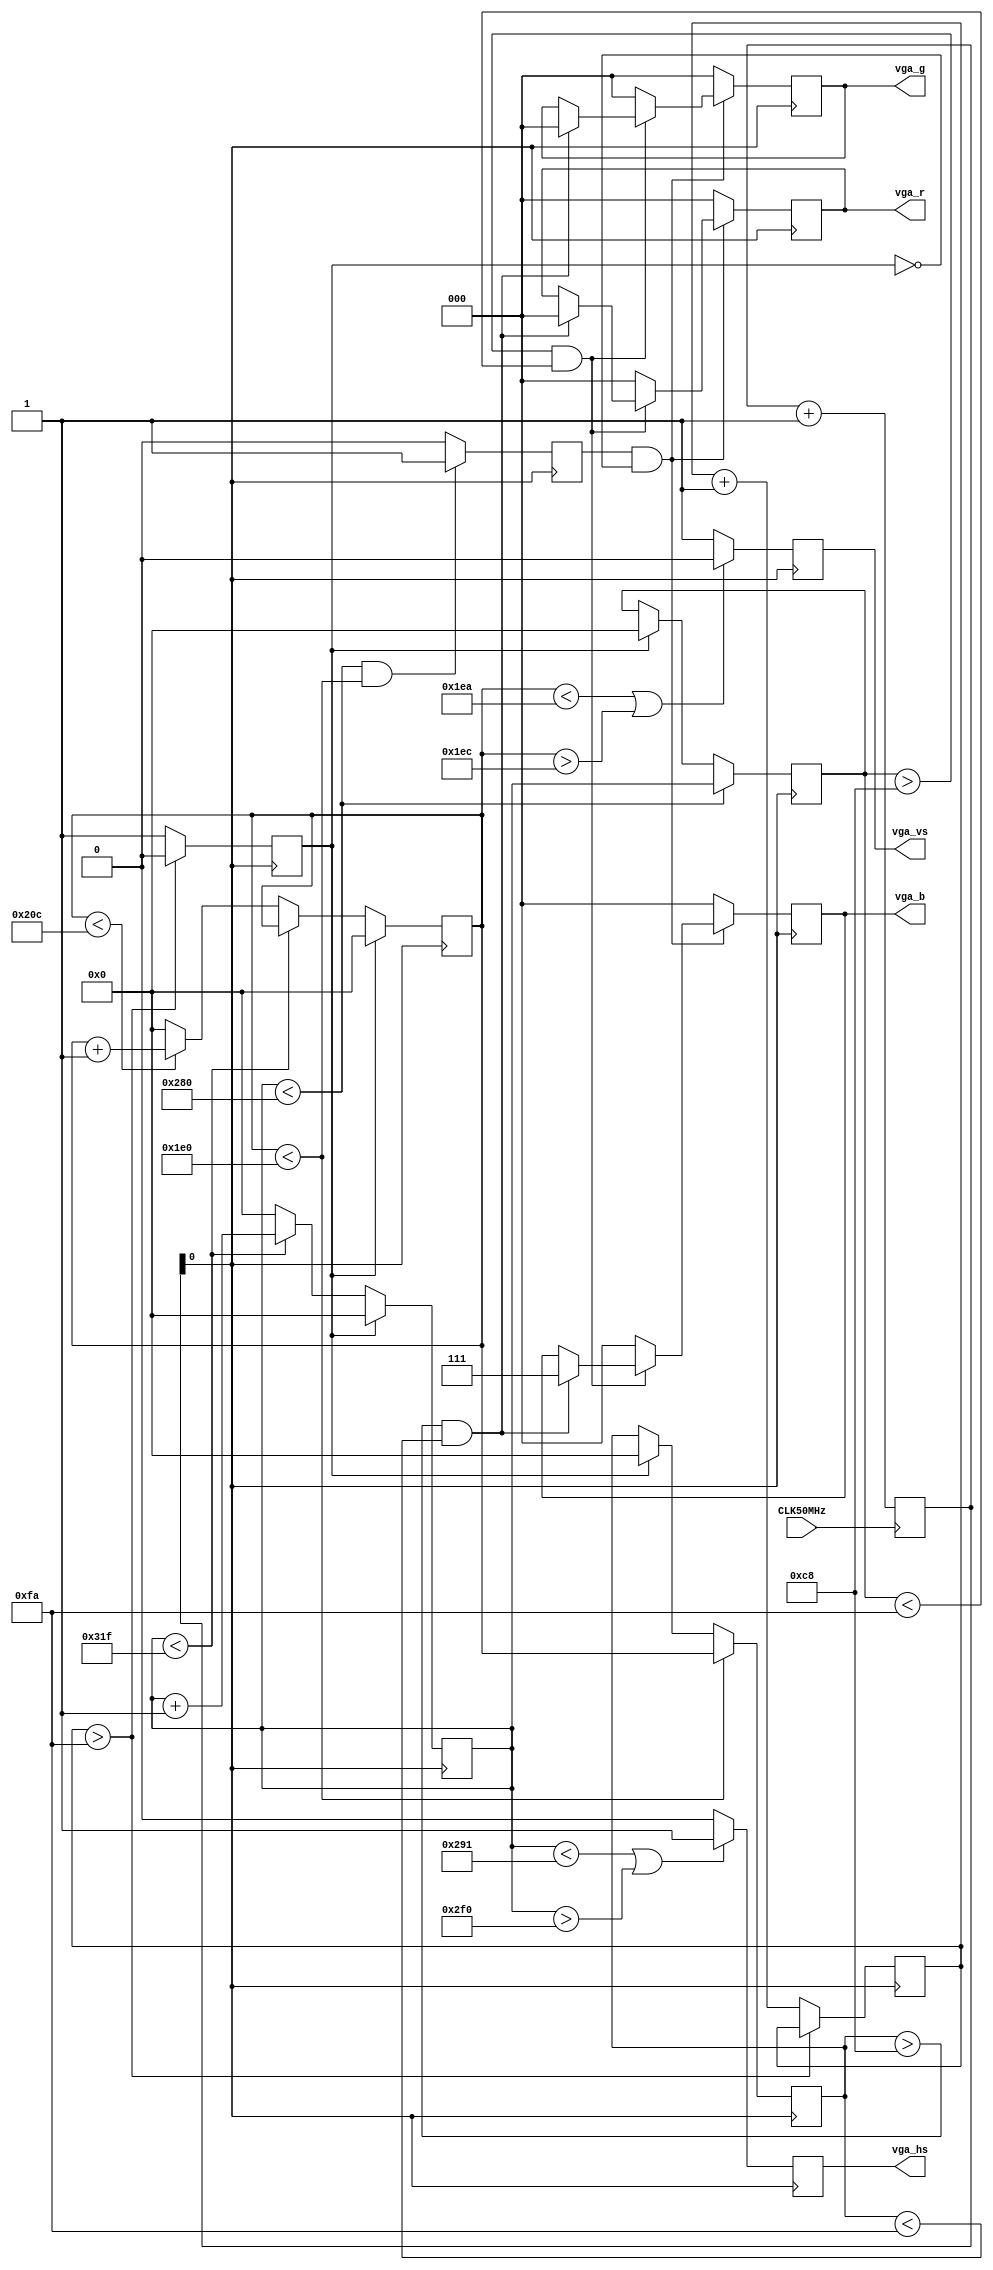
`default_nettype none			//disable implicit definitions by Verilog

module VGA(				//top module and signals wired to FPGA pins
	CLK50MHz,
	vga_r,
	vga_g,
	vga_b,
	vga_hs,
	vga_vs,
);

input			CLK50MHz;	// Oscillator input 100Mhz
output  [2:0]   	vga_r;		// VGA Red 3 bit
output  [2:0]   	vga_g;		// VGA Green 3 bit
output  [2:0]   	vga_b;		// VGA Blue 3 bit
output          	vga_hs;		// H-sync pulse 
output          	vga_vs;		// V-sync pulse


parameter h_pulse   = 96;	//H-SYNC pulse width 96 * 40 ns (25 Mhz) = 3.84 uS
parameter h_bp      = 48;	//H-BP back porch pulse width
parameter h_pixels  = 640;	//H-PIX Number of pixels horisontally
parameter h_fp      = 16;	//H-FP front porch pulse width
parameter h_pol     = 1'b0;	//H-SYNC polarity
parameter h_frame   = 800;	//800 = 96 (H-SYNC) + 48 (H-BP) + 640 (H-PIX) + 16 (H-FP)
parameter v_pulse   = 2;	//V-SYNC pulse width
parameter v_bp      = 33;	//V-BP back porch pulse width
parameter v_pixels  = 480;	//V-PIX Number of pixels vertically
parameter v_fp      = 10;	//V-FP front porch pulse width
parameter v_pol     = 1'b1;	//V-SYNC polarity
parameter v_frame   = 525;	// 525 = 2 (V-SYNC) + 33 (V-BP) + 480 (V-PIX) + 10 (V-FP)


reg	[1:0]		clk_div;	// 2 bit counter
wire			vga_clk;	

assign 	vga_clk 	= clk_div[0];		// 25Mhz clock = 100Mhz divided by 2-bit counter

always @ (posedge CLK50MHz) begin		// 2-bt counter ++ on each positive edge of 100Mhz clock
	clk_div <= clk_div + 2'b1;
end

reg     [2:0]   	vga_r_r;	//VGA color registers R,G,B x 3 bit
reg     [2:0]   	vga_g_r;
reg     [2:0]   	vga_b_r;
reg             	vga_hs_r;	//H-SYNC register
reg             	vga_vs_r;	//V-SYNC register

assign 	vga_r 		= vga_r_r;		//assign the output signals for VGA to the VGA registers
assign 	vga_g 		= vga_g_r;
assign 	vga_b 		= vga_b_r;
assign 	vga_hs 		= vga_hs_r;
assign 	vga_vs 		= vga_vs_r;

reg     [7:0]		timer_t = 8'b0;	// 8 bit timer with 0 initialization
reg             	reset = 1;	
reg     [9:0]   	c_row;		//complete frame register row
reg     [9:0]   	c_col;		//complete frame register colum
reg     [9:0]   	c_hor;		//visible frame register horisontally
reg     [9:0]   	c_ver;		//visible  frame register vertically

reg			disp_en;	//display enable flag

//VGA sync 
always @ (posedge vga_clk) begin

	if(timer_t > 250) begin					// generate 10 uS RESET signal 
		reset <= 0;
	end
	else begin
		reset <= 1;					//while in reset display is disabled, suare is set to initial position
		timer_t <= timer_t + 1;
		disp_en <= 0;			
	end
	
	if(reset == 1) begin					//while RESET is high init counters
		c_hor <= 0;
		c_ver <= 0;
		vga_hs_r <= 1;
		vga_vs_r <= 0;
		c_row <= 0;
		c_col <= 0;
	end
	else begin						// update current beam position
		if(c_hor < h_frame - 1) begin
			c_hor <= c_hor + 1;
		end
		else begin
			c_hor <= 0;
			if(c_ver < v_frame - 1) begin
				c_ver <= c_ver + 1;
			end
			else begin
				c_ver <= 0;
			end
		end
	end
	if(c_hor < h_pixels + h_fp + 1 || c_hor > h_pixels + h_fp + h_pulse) begin	// H-SYNC generator
		vga_hs_r <= ~h_pol;
	end
	else begin
		vga_hs_r <= h_pol;
	end
	if(c_ver < v_pixels + v_fp || c_ver > v_pixels + v_fp + v_pulse) begin		//V-SYNC generator
		vga_vs_r <= ~v_pol;
	end
	else begin
		vga_vs_r <= v_pol;
	end
	if(c_hor < h_pixels) begin		//c_col and c_row counters are updated only in the visible time-frame
		c_col <= c_hor;
	end
	if(c_ver < v_pixels) begin
		c_row <= c_ver;
	end
	if(c_hor < h_pixels && c_ver < v_pixels) begin		//VGA color signals are enabled only in the visible time frame
		disp_en <= 1;
	end
	else begin
		disp_en <= 0;
	end
end


//generate blue square
always @ (posedge vga_clk) begin	
	if(disp_en == 1 && reset == 0) begin
		if(c_col > 200 && c_col < 250) begin
			if(c_row > 200 && c_row < 250)begin
				vga_r_r <= 0;
				vga_g_r <= 0;
				vga_b_r <= 7;
			end
		end
		else begin			//everything else is black
			vga_r_r <= 0;
			vga_g_r <= 0;
			vga_b_r <= 0;
		end
	end
	else begin			//when display is not enabled everything is black
		vga_r_r <= 0;
		vga_g_r <= 0;
		vga_b_r <= 0;
	end
end
endmodule